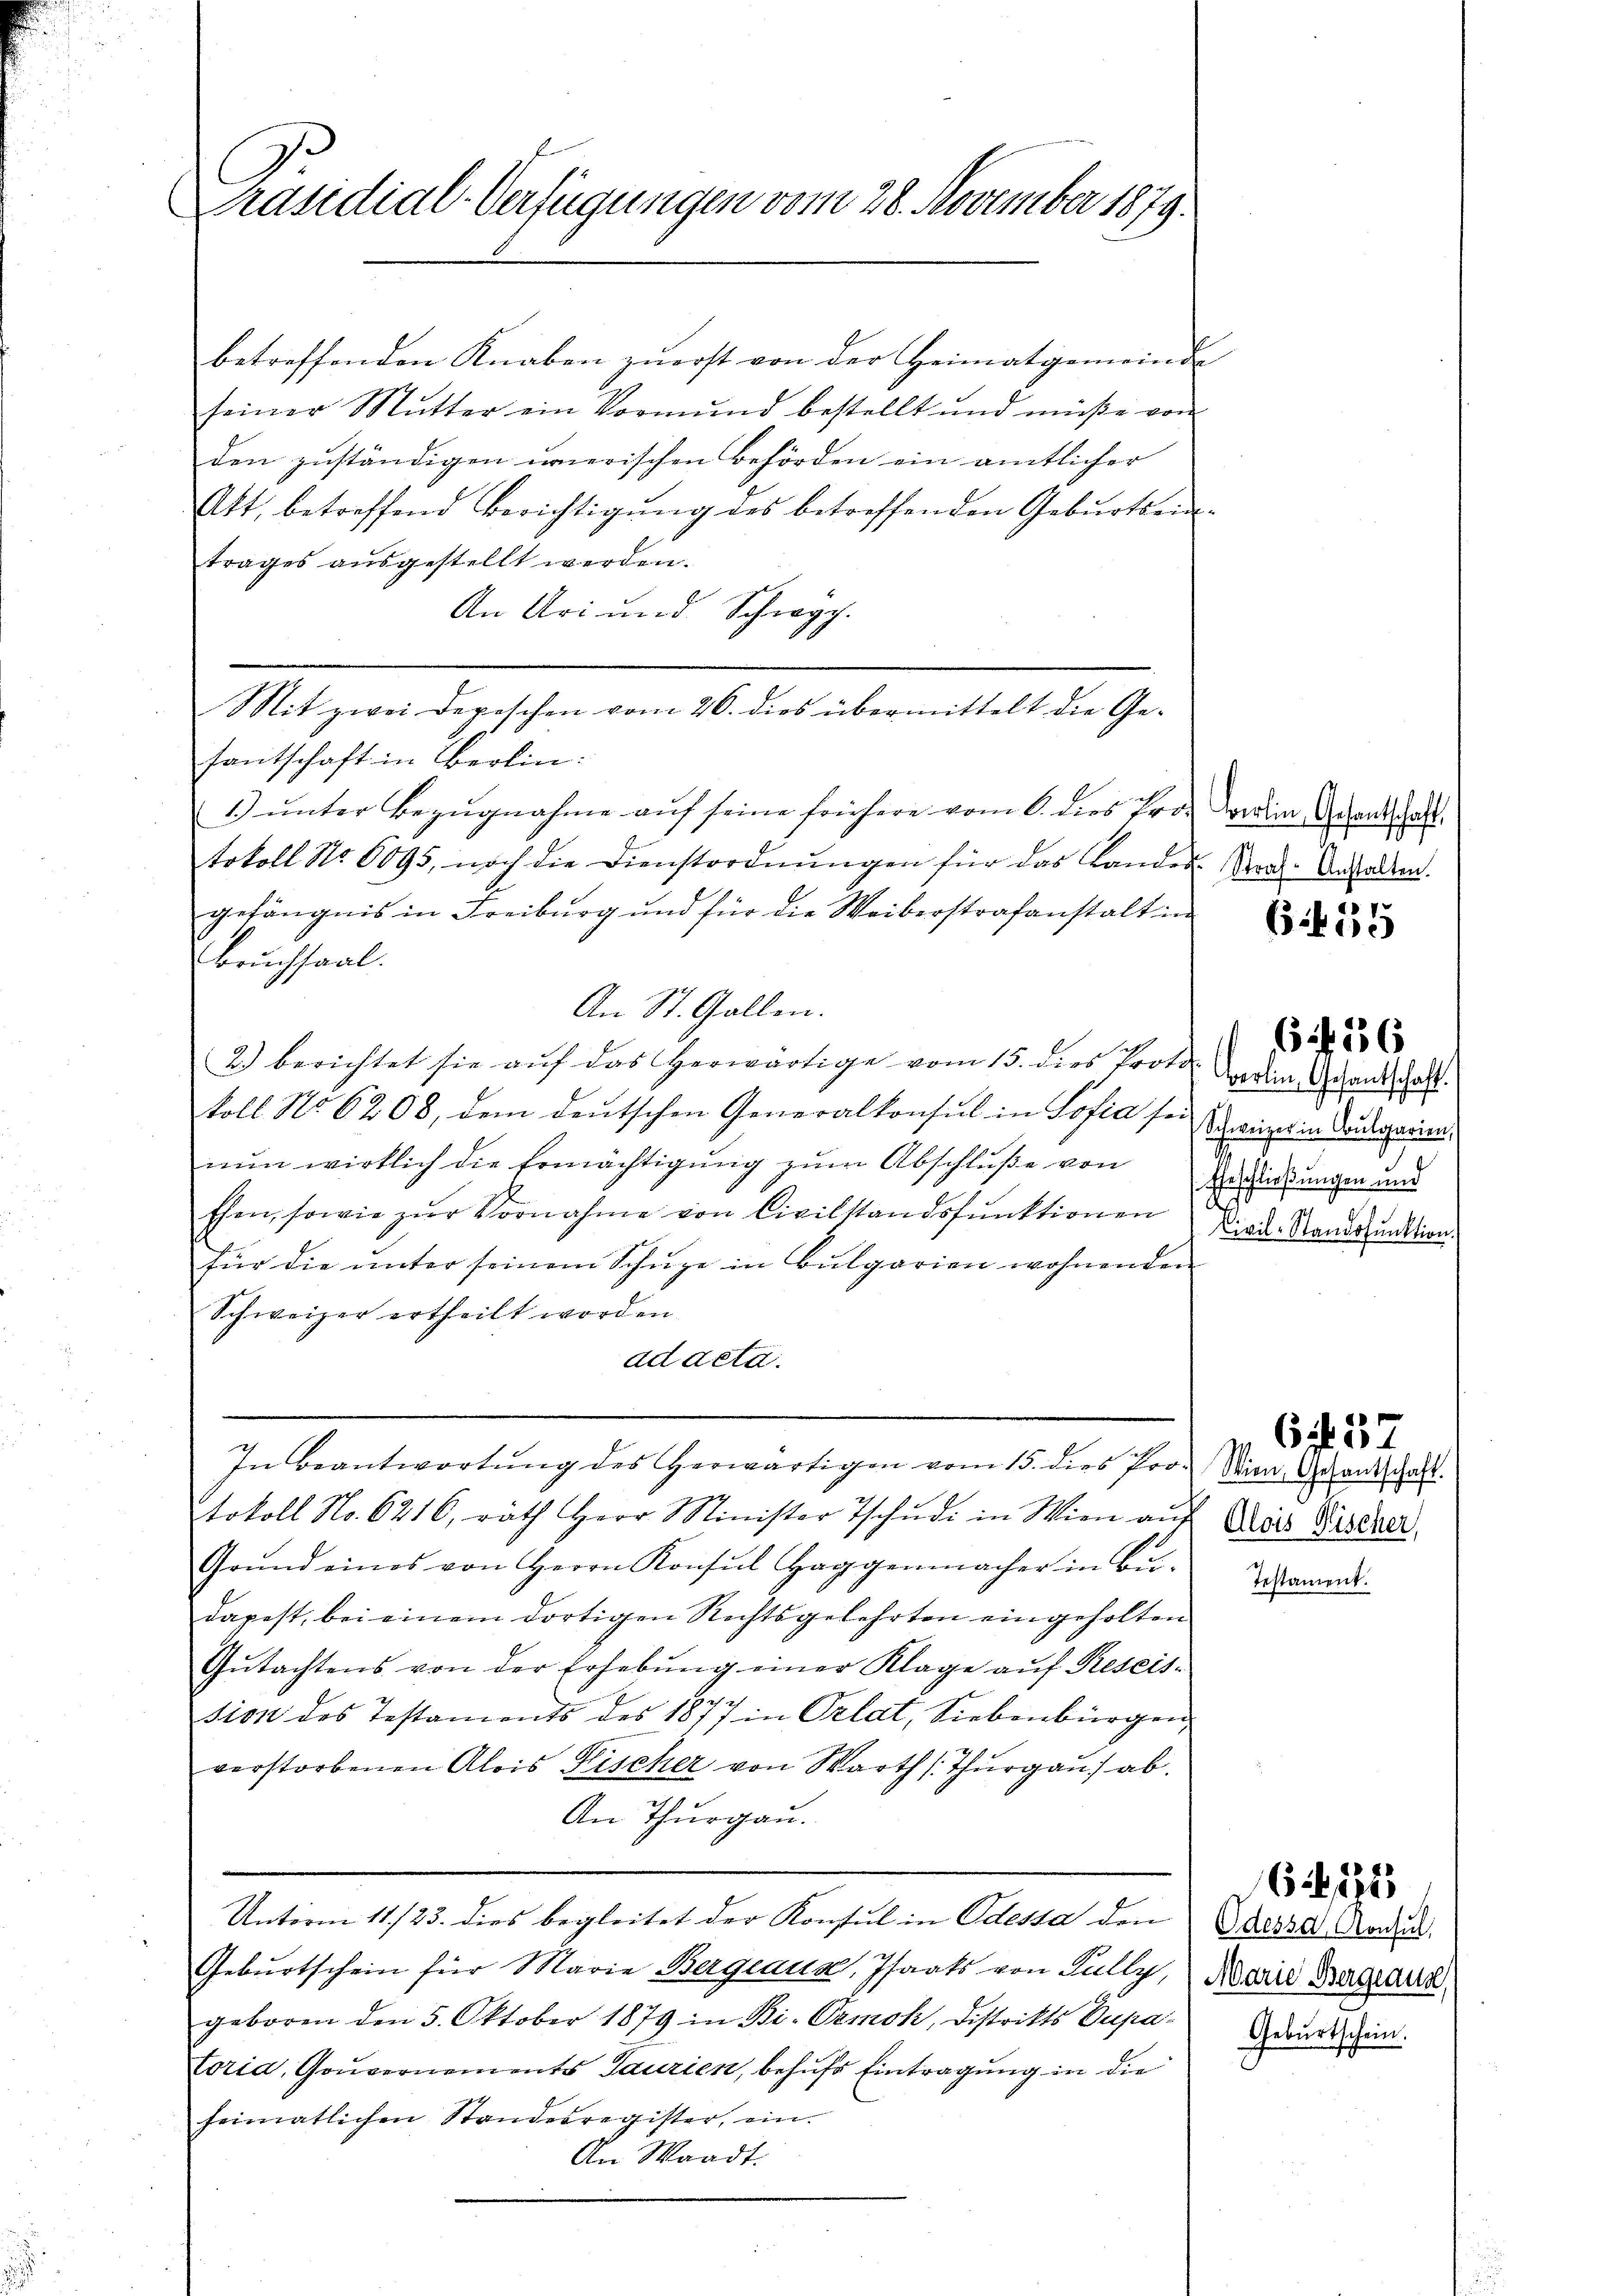
Präsidial-Verfügungen vom 28. November 1879.

betreffenden Knaben zuerst von der Heimatgemeinde
seiner Mŭtter ein Vormŭnd bestellt und müße von
den zuständigen unerischen Behörden ein amtlicher
Akt, betreffend Berichtigŭng des betreffenden Gebŭrtsein-
trages aŭsgestellt werden.
An Uri und Schwyz.
Mit zwei Depeschen vom 26. dies übermittelt die Ge-
santschaft in Berlin:
1.) unter Bezŭgnahme auf seine frühere vom 6. dies Fro darin Gesandtschaft
tokoll No 6095, noch die Dienstordnŭngen für das Landes-Ural-Anstallen.
gefängnis in Freiburg und für die Weiberstrafanstalt in
bruchsaal.
An St. Gallen.
2.) berichtet sie aŭf das herwärtige vom 15. dies Proto
koll No 6208, dem deutschen Generalkonsul in Sofia sei einer in Budgarn,
nŭn wirklich die Ermächtigŭng zŭm Abschluße von Zuschungen und
Ehen, sowie zŭr Vornahme von Civilstandsfŭnktionen Dir. Standpunktion.
für die ŭnter seinem Schŭge in Bulgarien wohnenden
Schweizer ertheilt worden.
ad acta.
In Beantwortŭng des herwärtigen vom 15. dies Pro- Nina Gerandschaft.
tokoll No. 6216, rath Herr Minister Tschŭdi in Wien aus
Grŭnd eines von Herrn Konsul Haggenmacher in Be-
dapest, bei einem dortigen Rechtsgelehrten eingeholten
Gŭtachtens von der Erhebŭng einer Klage aŭf Rescis-
sion des Testaments des 1877 in Orlat, Siebenbürgen,
verstorbenen Alois Fischer von Warth Thurgau) ab.
An Thurgau.
Unterm 11./23. dies begleitet der Konsul in Odessa den
Geburtschein für Marie Bergraus, Staats von Fully, Marie Bazare
geboren den 5. Oktober 1879 in Bi-Ormoh, Distrikts Dupa¬
Coria, Gouvernements Saurien, behŭfs Eintragung in die
heimatlichen Standesregister, ein.
An Waadt.

«

(kei

Berlin, Gesantschaft.

Alois Rischer,
Testament.

6 f 36

6 37

Odessa Consul
Geburtschein.

622